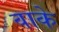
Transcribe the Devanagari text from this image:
वाके